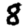
Digit: 8